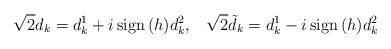
\begin{align*}\sqrt{2} d_k= d^1_k +i\,{\rm sign}\,(h) d^2_k,\;\;\;\sqrt{2} \tilde{d}_k= d^1_k -i\,{\rm sign}\,(h) d^2_k\end{align*}